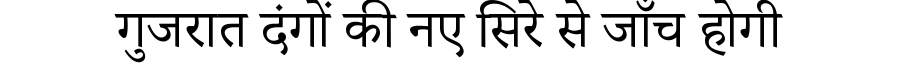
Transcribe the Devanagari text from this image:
गुजरात दंगों की नए सिरे से जाँच होगी